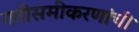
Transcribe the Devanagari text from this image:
गतीसमीकरणांची